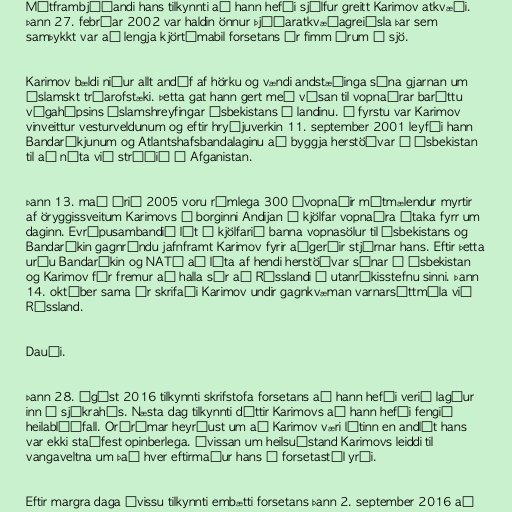
Mótframbjóðandi hans tilkynnti að hann hefði sjálfur greitt Karimov atkvæði.
Þann 27. febrúar 2002 var haldin önnur þjóðaratkvæðagreiðsla þar sem
samþykkt var að lengja kjörtímabil forsetans úr fimm árum í sjö.

Karimov bældi niður allt andóf af hörku og vændi andstæðinga sína gjarnan um
íslamskt trúarofstæki. Þetta gat hann gert með vísan til vopnaðrar baráttu
vígahópsins Íslamshreyfingar Úsbekistans í landinu. Í fyrstu var Karimov
vinveittur vesturveldunum og eftir hryðjuverkin 11. september 2001 leyfði hann
Bandaríkjunum og Atlantshafsbandalaginu að byggja herstöðvar í Úsbekistan
til að nýta við stríðið í Afganistan.

Þann 13. maí árið 2005 voru rúmlega 300 óvopnaðir mótmælendur myrtir
af öryggissveitum Karimovs í borginni Andijan í kjölfar vopnaðra átaka fyrr um
daginn. Evrópusambandið lét í kjölfarið banna vopnasölur til Úsbekistans og
Bandaríkin gagnrýndu jafnframt Karimov fyrir aðgerðir stjórnar hans. Eftir þetta
urðu Bandaríkin og NATÓ að láta af hendi herstöðvar sínar í Úsbekistan
og Karimov fór fremur að halla sér að Rússlandi í utanríkisstefnu sinni. Þann
14. október sama ár skrifaði Karimov undir gagnkvæman varnarsáttmála við
Rússland.

Dauði.

Þann 28. ágúst 2016 tilkynnti skrifstofa forsetans að hann hefði verið lagður
inn á sjúkrahús. Næsta dag tilkynnti dóttir Karimovs að hann hefði fengið
heilablóðfall. Orðrómar heyrðust um að Karimov væri látinn en andlát hans
var ekki staðfest opinberlega. Óvissan um heilsuástand Karimovs leiddi til
vangaveltna um það hver eftirmaður hans á forsetastól yrði.

Eftir margra daga óvissu tilkynnti embætti forsetans þann 2. september 2016 að